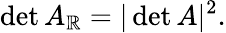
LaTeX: \operatorname*{det}A_{\mathbb{R}}=|\operatorname*{det}A|^{2}.